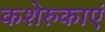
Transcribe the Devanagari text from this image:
कशेरुकाएं